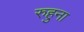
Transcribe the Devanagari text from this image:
रुहुना